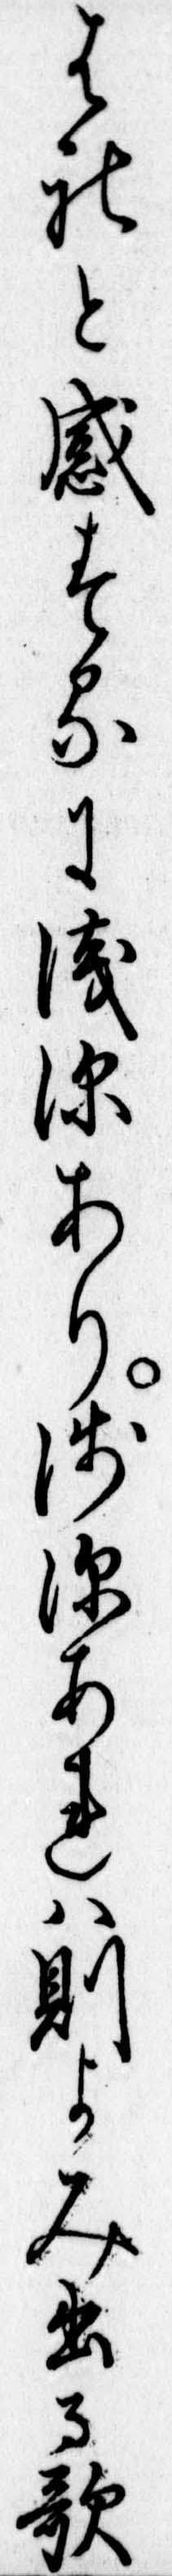
はれと感するに浅深あり浅深あれは則よみ出る歌